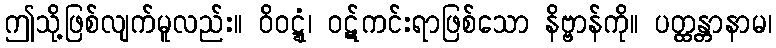
ဤသို့ဖြစ်လျက်မူလည်း။ ဝိဝဋ္ဋံ၊ ဝဋ်ကင်းရာဖြစ်သော နိဗ္ဗာန်ကို။ ပတ္ထန္တာနာမ၊